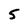
Character: 5